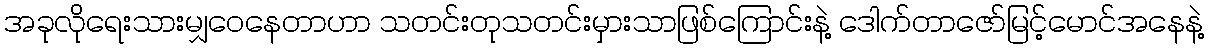
အခုလိုရေးသားမျှဝေနေတာဟာ သတင်းတုသတင်းမှားသာဖြစ်ကြောင်းနဲ့ ဒေါက်တာဇော်မြင့်မောင်အနေနဲ့